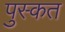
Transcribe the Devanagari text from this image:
पुस्कत